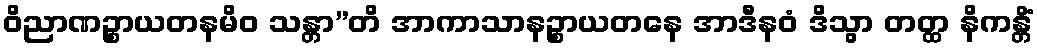
ဝိညာဏဉ္စာယတနမိဝ သန္တာ”တိ အာကာသာနဉ္စာယတနေ အာဒီနဝံ ဒိသွာ တတ္ထ နိကန္တိံ